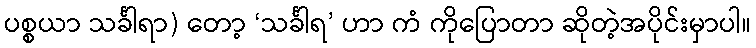
ပစ္စယာ သင်္ခါရာ) တော့ ‘သင်္ခါရ’ ဟာ ကံ ကိုပြောတာ ဆိုတဲ့အပိုင်းမှာပါ။